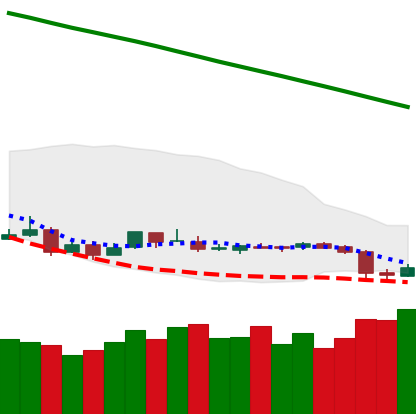
Ticker: ETC-USD
Chart end date: 2019-01-30
Forward return: -3.205%
Label: down_3_5